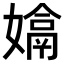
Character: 𡡽